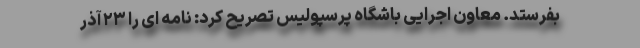
بفرستد. معاون اجرایی باشگاه پرسپولیس تصریح کرد: نامه ای را ۲۳ آذر